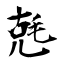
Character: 兞